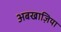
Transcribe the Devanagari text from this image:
अबखाज़िया